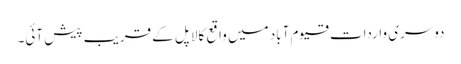
دوسری واردات قیوم آباد میں واقع کالا پل کے قریب پیش آئی۔